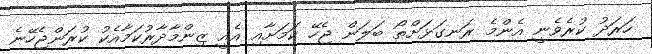
ހަރަދު ކުރެވެނީ އެންމެ ރަނގަޅަށްތޯ ބަލަން ޖެހޭ ކަމަށާއި އެއީ ޒިންމާދާރުކަމާއެކު ކުރަންޖެހޭނެ